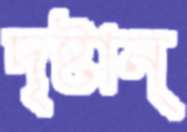
দৃষ্টান্